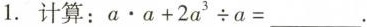
1.计算： $$a \cdot a + 2 a ^ { 3 } \div